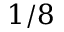
1 / 8